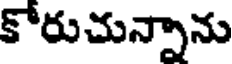
కోరుచున్నాను